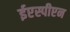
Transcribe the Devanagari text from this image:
ईएस्पीएन